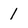
Character: 1